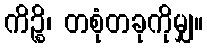
ကိဉ္စိ၊ တစုံတခုကိုမျှ။